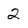
Character: 2